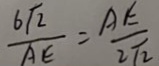
\frac { 6 \sqrt { 2 } } { A E } = \frac { A E } { 2 \sqrt { 2 } }